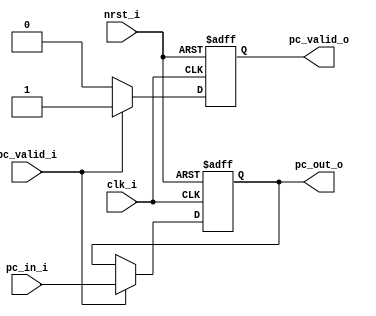
module ProgramCounter #(
    parameter ADDR_W = 64
)(
    clk_i,
	nrst_i,
    pc_valid_i,
    pc_in_i,
    pc_valid_o,
	pc_out_o
);
     
//I/O ports
input               clk_i;
input	            nrst_i;
input               pc_valid_i;
input  [ADDR_W-1:0] pc_in_i;
output              pc_valid_o;
output [ADDR_W-1:0] pc_out_o;
 
//Internal Signals
reg                 pc_valid_o;
reg    [ADDR_W-1:0] pc_out_o;
    
//Main function
always @(posedge clk_i or negedge nrst_i) begin
    if(~nrst_i) begin
        pc_valid_o = 0;
	    pc_out_o <= 0;
    end
    else begin
        if (pc_valid_i) begin
            pc_valid_o = 1;
            pc_out_o <= pc_in_i;
        end
        else begin
            pc_valid_o = 0;
        end
    end
end

endmodule